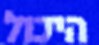
היכול